Civil Veterinary Dept. Bombay admin report 1900-1906 - 1900-1906
Year: 1900
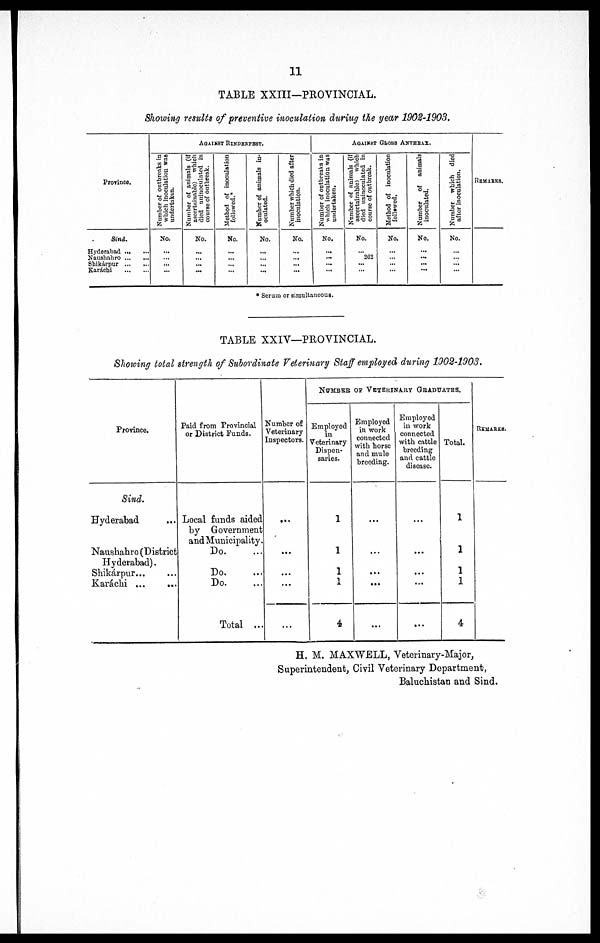
11
TABLE XXIII—PROVINCIAL.
Showing results of preventive inoculation during the year 1908-1903.
Province.
Sind.
Hyderabad … …
Naushuhro … …
Shikárpur … …
Karachi … …
AGAINST RINDERPEST.
Number of outbreaks In
which inoculation was
undertaken.
No.
...
… ...
…
Number of animals (if
ascertainable) which
died uninoculated in
course of outbreak.
No.
…
…
…
Method of inoculation
followed.*
No.
...
...
...
…
Number of animals in-
oculated.
No.
…
… ...
...
Number which died after
inoculation.
No.
…
...
…
AGAINST GLOSS ANTHRAX.
Number of outbreaks in
which inoculation was
undertaken.
No.
…
...
...
…
Number of animals (if
ascertainable) which
died uninoculated in
course of outbreak.
No.
…
262
...
…
Method of inoculation
followed.
No.
…
… ...
...
Number of animals
inoculated.
No.
…
…
...
…
Number which died
after inoculation.
No.
…
...
…
REMARKS.
* Serum or simultaneous.
TABLE XXIV—PROVINCIAL.
Showing total strength of Subordinate Veterinary Staff employed during 1902-1903.
Province.
Sind.
Hyderabad
Naushahro (District
Hyderabad).
Shikárpur... …
Karáchi ... …
Paid from Provincial
or District Funds.
Local funds aided
by Government
and Municipality.
Do.
Do. …
Do.
Total …
Number of
Veterinary
Inspectors.
…
...
...
...
NUMBER OF VETERINARY GRADUATES.
Employed
in
Veterinary
Dispen-
saries.
1
1
1
1
4
Employed
in work
connected
with horse
and mule
breeding.
...
...
...
...
Employed
in work
connected
with cattle
breeding
and cattle
disease.
...
...
...
...
…
Total.
1
1
1
1
4
REMARKS.
H. M. MAXWELL, Veterinary-Major,
Superintendent, Civil Veterinary Department,
Baluchistan and Sind.